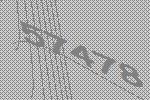
57478